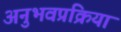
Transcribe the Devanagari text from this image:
अनुभवप्रक्रिया